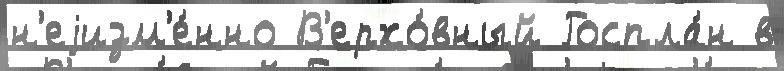
н'еjизм'е́нно В'ерхо́вный Госпла́н в